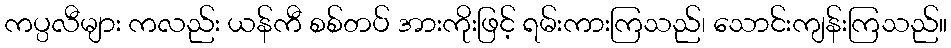
ကပ္ပလီများ ကလည်း ယန်ကီ စစ်တပ် အားကိုးဖြင့် ရမ်းကားကြသည်၊ သောင်းကျန်းကြသည်။